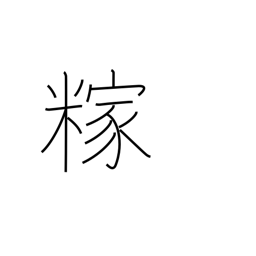
Meaning: rice hulls